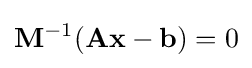
\mathbf {M} ^{-1}(\mathbf {Ax} -\mathbf {b} )=0